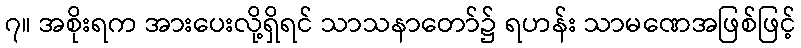
၇။ အစိုးရက အားပေးလို့ရှိရင် သာသနာတော်၌ ရဟန်း သာမဏေအဖြစ်ဖြင့်